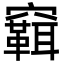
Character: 䇀